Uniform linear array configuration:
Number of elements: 12
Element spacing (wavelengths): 0.75
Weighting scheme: binomial
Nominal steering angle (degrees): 15
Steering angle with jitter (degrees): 15.723
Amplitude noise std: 0.05
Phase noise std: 0.05

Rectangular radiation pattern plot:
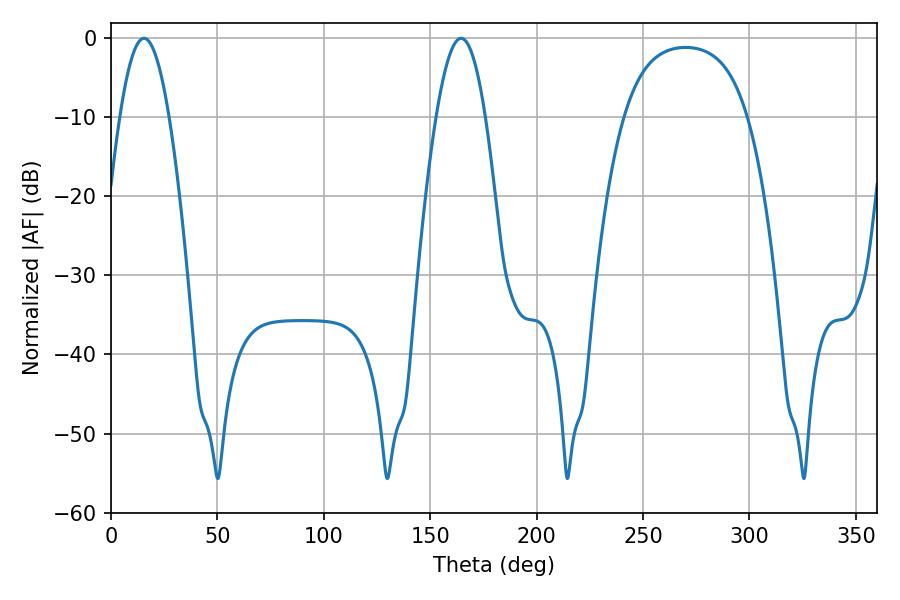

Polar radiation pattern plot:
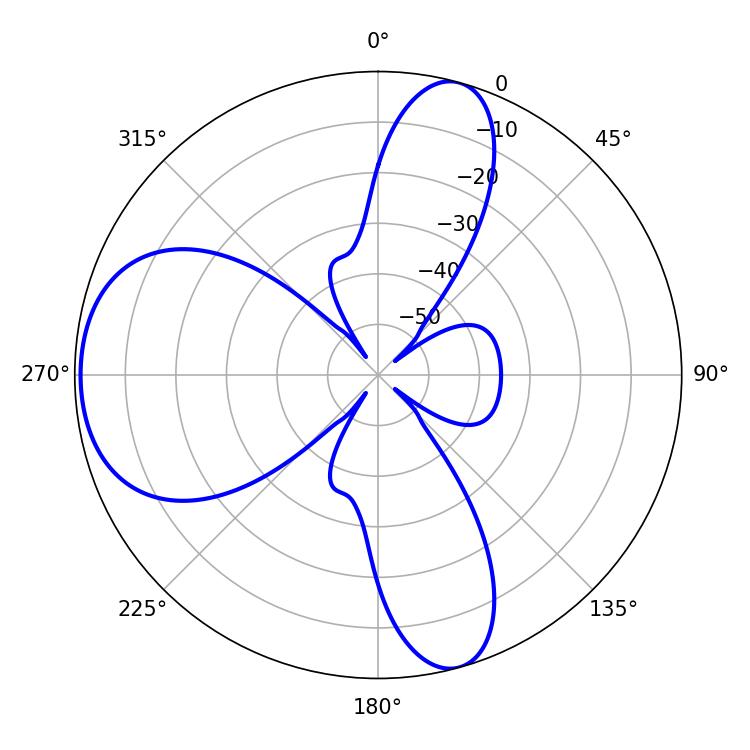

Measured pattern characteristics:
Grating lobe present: TRUE
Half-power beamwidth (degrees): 12.6
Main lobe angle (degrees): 164.52